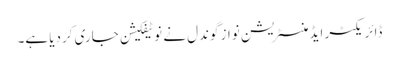
ڈائریکٹر ایڈمنسٹریشن نواز گوندل نے نوٹیفکیشن جاری کردیا ہے۔